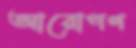
আরোপণ